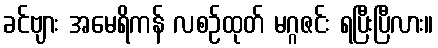
ခင်ဗျား အမေရိကန် လစဉ်ထုတ် မဂ္ဂဇင်း ရပြီးပြီလား။